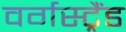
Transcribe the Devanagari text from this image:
वर्गस्ट्रैंड